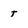
Character: T